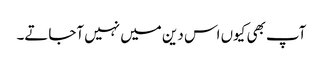
آپ بھی کیوں اس دین میں نہیں آجاتے۔